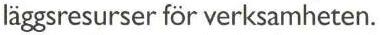
läggsresurser för verksamheten.